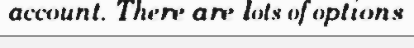
account. There are lots of options